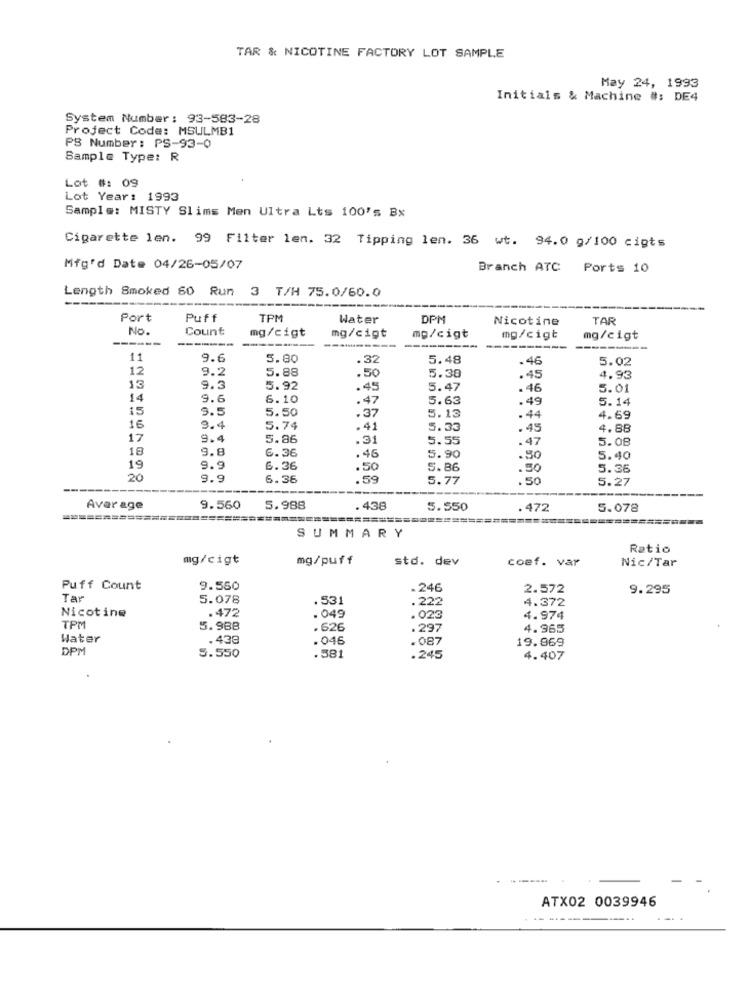
TAR & NICOTINE FACTORY LOT SAMPLE
May 24, 1993
Initials & Machine #: DE4
System Number: 93-583-28
Project Code: MSULMB1
PS Number: PS-93-0
Sample Type: R
Lot #: 09
Lot Year: 1993
Sample: MISTY Slims Men Ultra Lts 100's Bx
Cigarette len. 99 Filter len. 32 Tipping len. 36 wt. 94.0 g/100 cigts
Mfg'd Date 04/26-05/07
Branch ATC Ports 10
Length Smoked 60 Run 3 T/H 75.0/60.0
Port
Puff
TPM
Water
DPM
Nicotine
TAR
No.
Count
mg/cigt
mg/cigt
mg/cigt
mg/cigt
mg/cigt
---------
11
9.6
5.80
.32
5.48
.46
5.02
12
9.2
5.88
.50
5.38
.45
4.93
13
9.3
5.92
.45
5.47
.46
5.01
14
9.6
6.10
.47
5.63
.49
5.14
15
9.5
5.50
.37
5.13
.44
4.69
16
9.4
5.74
.41
5.33
.45
4.88
17
9.4
5.86
.31
5.55
.47
5.08
18
9.8
6.36
.46
5.90
.50
5.40
19
9.9
6.36
.50
5.86
.50
5.36
20
9.9
6.36
.59
5.77
.50
5.27
Avar age
9.560
5.988
.438
5.550
.472
5.078
SUMMARY
Ratio
mg/cigt
mg/puff
std. dev
coef. var
Nic/Tar
Puff Count
9.550
.246
2.572
9.295
Tar
5.078
.531
. 222
4.372
Nicotine
.472
. 049
.023
4.974
TPM
5.988
. 626
.297
4.965
Water
.439
. 046
.087
19.969
DPM
5.550
.581
.245
4.407
ATX02 0039946